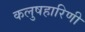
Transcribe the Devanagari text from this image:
कलुषहारिणी